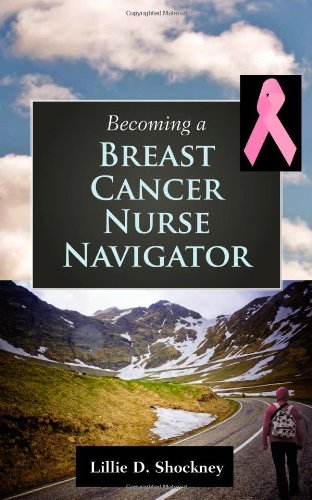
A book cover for Becoming A Breast Cancer Nurse Navigator; Lillie D. Shockney; Medical Books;